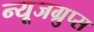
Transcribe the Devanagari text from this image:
न्यूजग्रुप्स